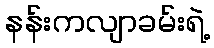
နန်းကလျာခမ်းရဲ့